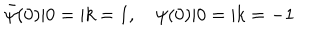
{ \bar { \psi } } ( 0 ) | 0 = | k = 1 , \quad \psi ( 0 ) | 0 = | k = - 1